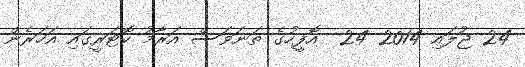
24 ޖުލައި 2014 24  އޮފީހުގެ ތަނަވަސް އަރާމު ކޮޓަރީގައި އަހަރެން